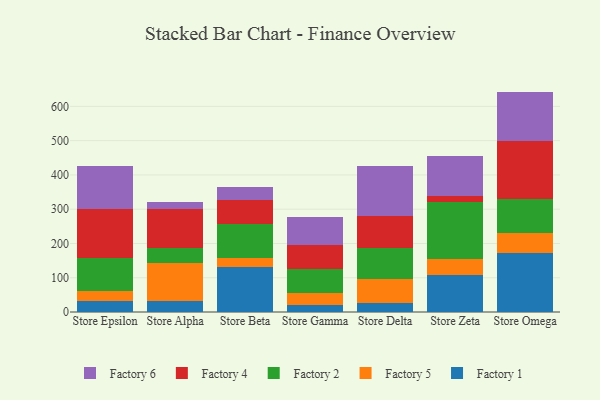
{"axis": {"x": "Store", "y": "Website Visitors"}, "legend": ["Factory 1", "Factory 2", "Factory 4", "Factory 5", "Factory 6"], "data": [{"x": "Store Epsilon", "y": 31.2, "type": "Factory 1"}, {"x": "Store Epsilon", "y": 30.5, "type": "Factory 5"}, {"x": "Store Epsilon", "y": 96.1, "type": "Factory 2"}, {"x": "Store Epsilon", "y": 143.6, "type": "Factory 4"}, {"x": "Store Epsilon", "y": 126.0, "type": "Factory 6"}, {"x": "Store Alpha", "y": 31.7, "type": "Factory 1"}, {"x": "Store Alpha", "y": 112.3, "type": "Factory 5"}, {"x": "Store Alpha", "y": 44.1, "type": "Factory 2"}, {"x": "Store Alpha", "y": 112.2, "type": "Factory 4"}, {"x": "Store Alpha", "y": 19.9, "type": "Factory 6"}, {"x": "Store Beta", "y": 131.3, "type": "Factory 1"}, {"x": "Store Beta", "y": 27.7, "type": "Factory 5"}, {"x": "Store Beta", "y": 97.6, "type": "Factory 2"}, {"x": "Store Beta", "y": 70.8, "type": "Factory 4"}, {"x": "Store Beta", "y": 37.2, "type": "Factory 6"}, {"x": "Store Gamma", "y": 21.0, "type": "Factory 1"}, {"x": "Store Gamma", "y": 34.5, "type": "Factory 5"}, {"x": "Store Gamma", "y": 68.9, "type": "Factory 2"}, {"x": "Store Gamma", "y": 70.6, "type": "Factory 4"}, {"x": "Store Gamma", "y": 82.7, "type": "Factory 6"}, {"x": "Store Delta", "y": 26.5, "type": "Factory 1"}, {"x": "Store Delta", "y": 70.5, "type": "Factory 5"}, {"x": "Store Delta", "y": 89.3, "type": "Factory 2"}, {"x": "Store Delta", "y": 93.3, "type": "Factory 4"}, {"x": "Store Delta", "y": 147.4, "type": "Factory 6"}, {"x": "Store Zeta", "y": 107.5, "type": "Factory 1"}, {"x": "Store Zeta", "y": 47.6, "type": "Factory 5"}, {"x": "Store Zeta", "y": 167.2, "type": "Factory 2"}, {"x": "Store Zeta", "y": 17.3, "type": "Factory 4"}, {"x": "Store Zeta", "y": 116.4, "type": "Factory 6"}, {"x": "Store Omega", "y": 170.8, "type": "Factory 1"}, {"x": "Store Omega", "y": 59.7, "type": "Factory 5"}, {"x": "Store Omega", "y": 99.0, "type": "Factory 2"}, {"x": "Store Omega", "y": 169.9, "type": "Factory 4"}, {"x": "Store Omega", "y": 143.8, "type": "Factory 6"}]}